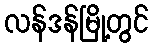
လန်ဒန်မြို့တွင်